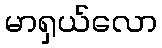
မာရှယ်လော